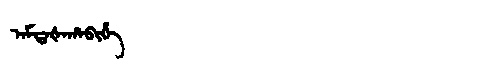
Manchu: ᠠᠮᡨᠠᡧᠠᡥᠠᠪᡳᡥᡝ
Romanization: AMTAŠAHABIHE